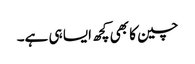
چین کا بھی کچھ ایسا ہی ہے۔